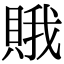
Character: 𧶕